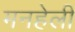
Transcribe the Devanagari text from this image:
मनहेली